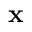
{ \mathbf x }